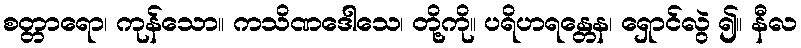
စတ္တာရော၊ ကုန်သော။ ကသိဏဒေါသေ၊ တို့ကို။ ပရိဟရန္တေန၊ ရှောင်လွဲ ၍။ နီလ